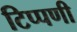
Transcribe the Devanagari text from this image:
टिप्‍पणी